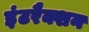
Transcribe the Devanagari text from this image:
इंटरैक्शन